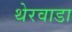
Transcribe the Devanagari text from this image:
थेरवाडा